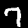
Label: 7